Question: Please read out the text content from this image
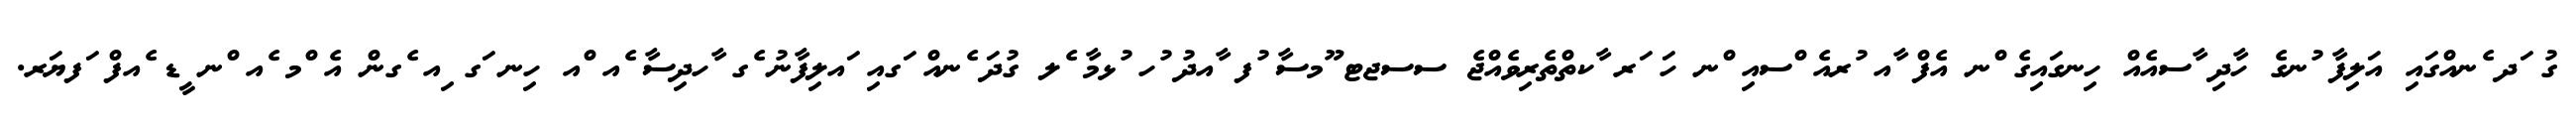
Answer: ގު ަދ ެނއްގައި އަލިފާ ުނގެ ހާދި ާސއެއް ހިނގައިގެ ްނ އެފް ާއ ުރއެ ްސއި ްނ ހަ ަރ ާކތްތެރިވެއްޖެ ސސޖޓ ޫމސާ ުފ ާއދު ުހ ުޅމާ ެލ ގުދަ ެނއް ަގއި ައލިފާނު ެގ ާހދިސާ ެއ ްއ ހިނ ަގ ިއ ެގން އެ ްމ ެއ ްނ ީޑ ެއފް ަފޔަރ.